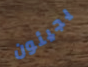
يجيئون